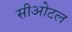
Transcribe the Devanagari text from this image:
सीओटल